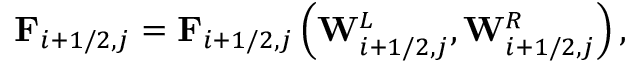
\mathbf { F } _ { i + 1 / 2 , j } = \mathbf { F } _ { i + 1 / 2 , j } \left( \mathbf { W } _ { i + 1 / 2 , j } ^ { L } , \mathbf { W } _ { i + 1 / 2 , j } ^ { R } \right) ,